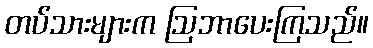
တပ်သားများက ဩဘာပေးကြသည်။